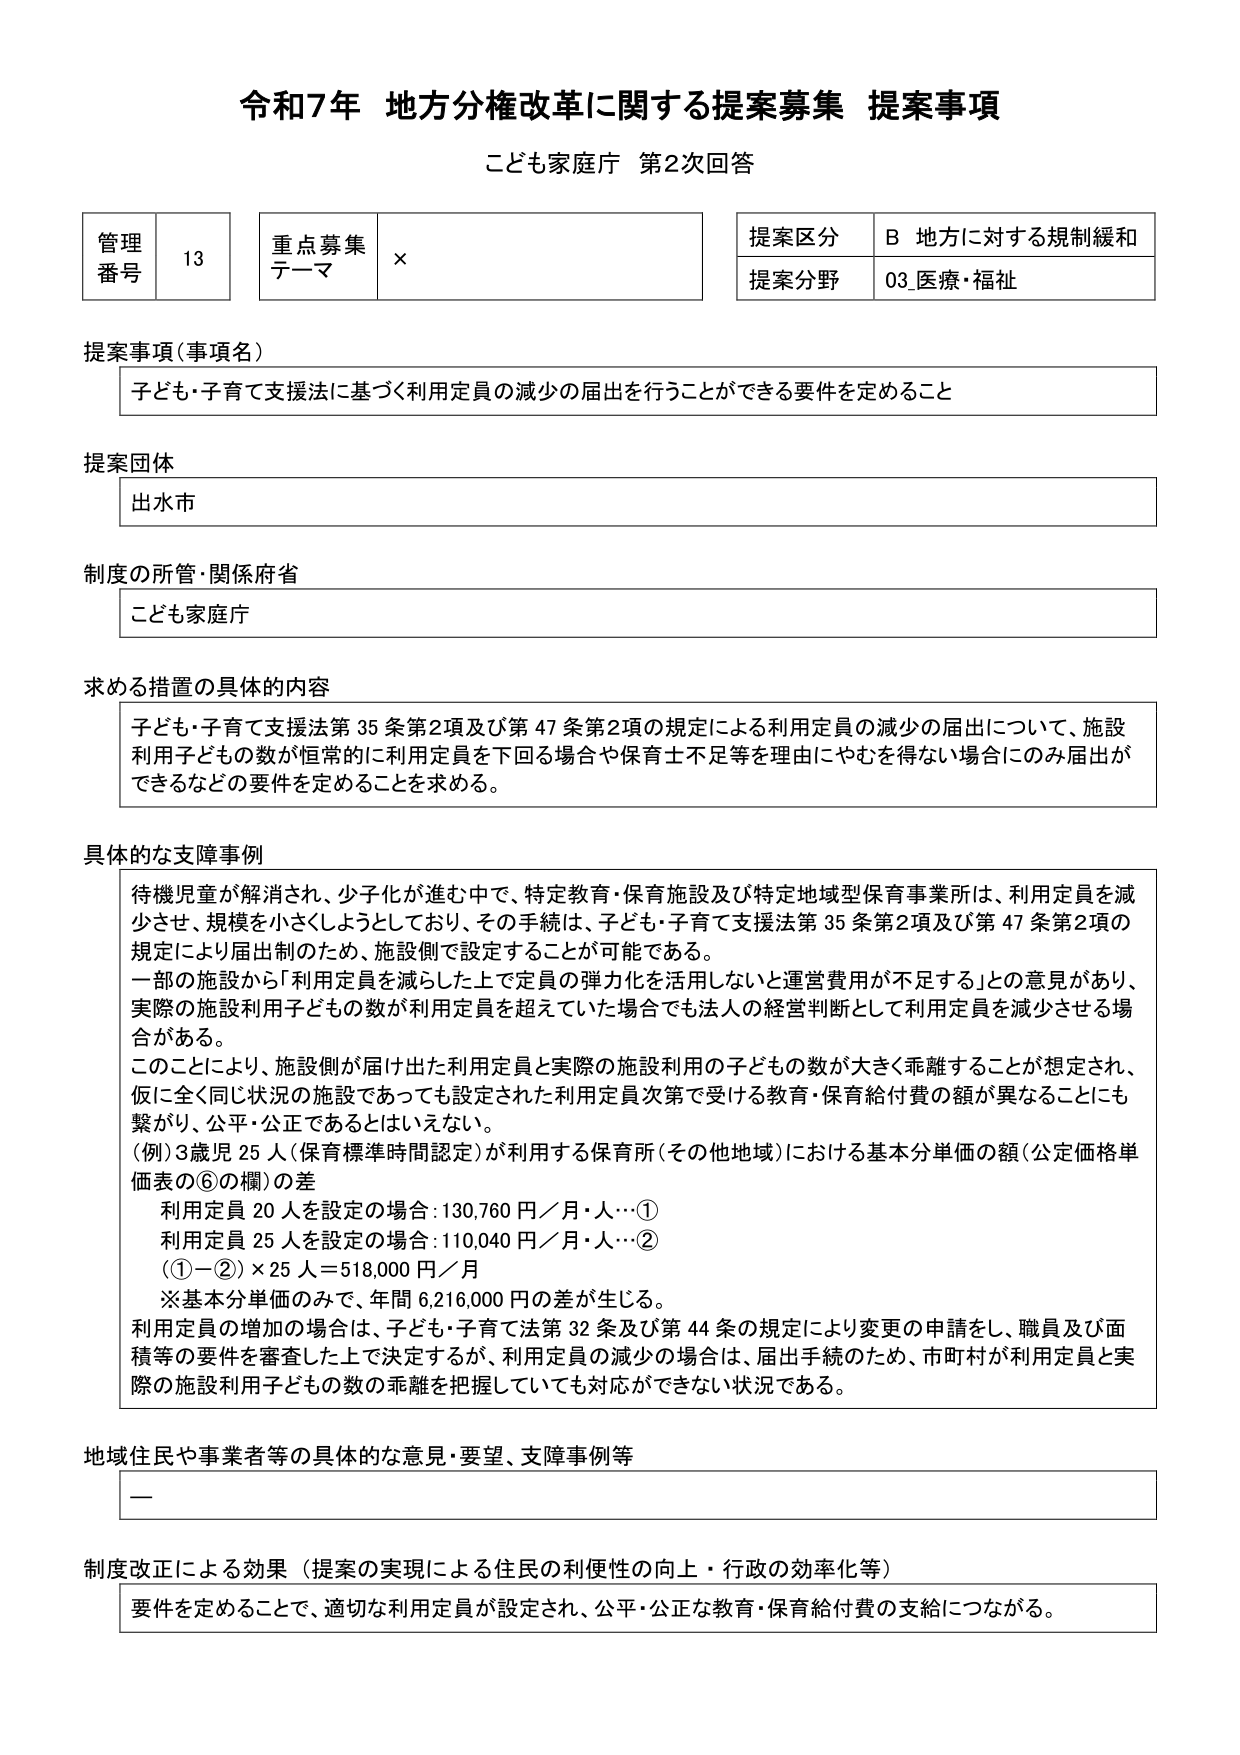
令和7年 地方分権改革に関する提案募集 提案事項
こども家庭庁 第2次回答

管理番号 13
重点募集テーマ ×
提案区分 B 地方に対する規制緩和
提案分野 03_医療・福祉

提案事項（事項名）
子ども・子育て支援法に基づく利用定員の減少の届出を行うことができる要件を定めること

提案団体
出水市

制度の所管・関係府省
こども家庭庁

求める措置の具体的内容
子ども・子育て支援法第35条第2項及び第47条第2項の規定による利用定員の減少の届出について、施設利用子どもの数が恒常的に利用定員を下回る場合や保育士不足等を理由にやむを得ない場合にのみ届出ができるなどの要件を定めることを求める。

具体的な支障事例
待機児童が解消され、少子化が進む中で、特定教育・保育施設及び特定地域型保育事業所は、利用定員を減少させ、規模を小さくしようとしており、その手続は、子ども・子育て支援法第35条第2項及び第47条第2項の規定により届出制のため、施設側で設定することが可能である。
一部の施設から「利用定員を減らした上で定員の弾力化を活用しないと運営費用が不足する」との意見があり、実際の施設利用子どもの数が利用定員を超えていた場合でも法人の経営判断として利用定員を減少させる場合がある。
このことにより、施設側が届け出た利用定員と実際の施設利用の子どもの数が大きく乖離することが想定され、仮に全く同じ状況の施設であっても設定された利用定員次第で受ける教育・保育給付費の額が異なることにも繋がり、公平・公正であるとはいえない。
（例）3歳児25人（保育標準時間認定）が利用する保育所（その他地域）における基本分単価の額（公定価格単価表の⑥の欄）の差
　利用定員20人を設定の場合：130,760円／月・人…①
　利用定員25人を設定の場合：110,040円／月・人…②
　（①－②）×25人＝518,000円／月
　※基本分単価のみで、年間6,216,000円の差が生じる。
利用定員の増加の場合は、子ども・子育て法第32条及び第44条の規定により変更の申請をし、職員及び面積等の要件を審査した上で決定するが、利用定員の減少の場合は、届出手続のため、市町村が利用定員と実際の施設利用子どもの数の乖離を把握していても対応ができない状況である。

地域住民や事業者等の具体的な意見・要望、支障事例等
—

制度改正による効果（提案の実現による住民の利便性の向上・行政の効率化等）
要件を定めることで、適切な利用定員が設定され、公平・公正な教育・保育給付費の支給につながる。